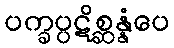
ပက္ခပ္ပဋိစ္ဆန္နံပေ